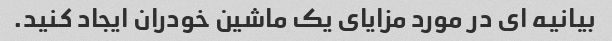
بیانیه ای در مورد مزایای یک ماشین خودران ایجاد کنید.